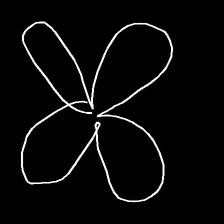
Glyph: billowing